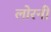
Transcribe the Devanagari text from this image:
लोरनी